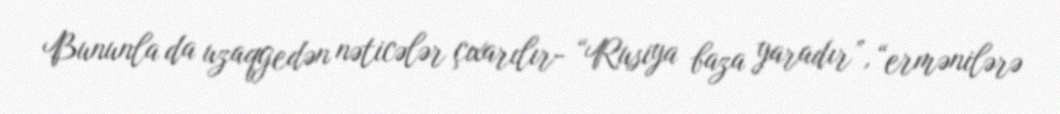
Bununla da uzaqgedən nəticələr çıxarılır- “Rusiya baza yaradır”, “ermənilərə